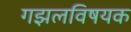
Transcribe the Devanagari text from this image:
गझलविषयक